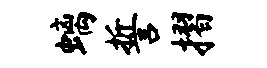
螭誓摺